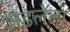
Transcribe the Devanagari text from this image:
जडलेला